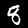
Label: 8